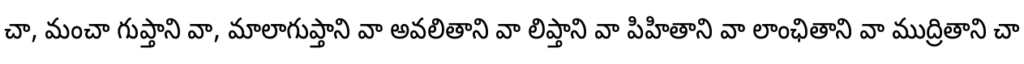
చా, మంచా గుప్తాని వా, మాలాగుప్తాని వా అవలితాని వా లిప్తాని వా పిహితాని వా లాంఛితాని వా ముద్రితాని చా